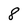
Character: 8